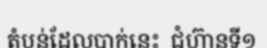
តំបន់ដែលបាក់នេះ  ជំហ៊ានទី១